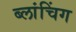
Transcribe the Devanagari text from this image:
ब्लांचिंग